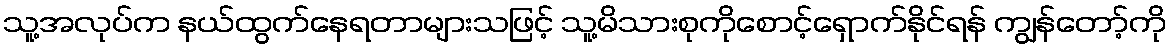
သူ့အလုပ်က နယ်ထွက်နေရတာများသဖြင့် သူ့မိသားစုကိုစောင့်ရှောက်နိုင်ရန် ကျွန်တော့်ကို